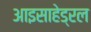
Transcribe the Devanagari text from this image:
आइसाहेड्रल